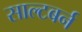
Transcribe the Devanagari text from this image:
साल्टबर्न